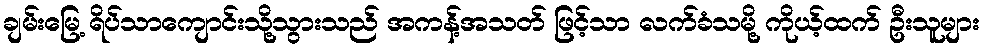
ချမ်းမြေ့ ရိပ်သာကျောင်းသို့သွားသည် အကန့်အသတ် ဖြင့်သာ လက်ခံသမို့ ကိုယ့်ထက် ဦးသူများ